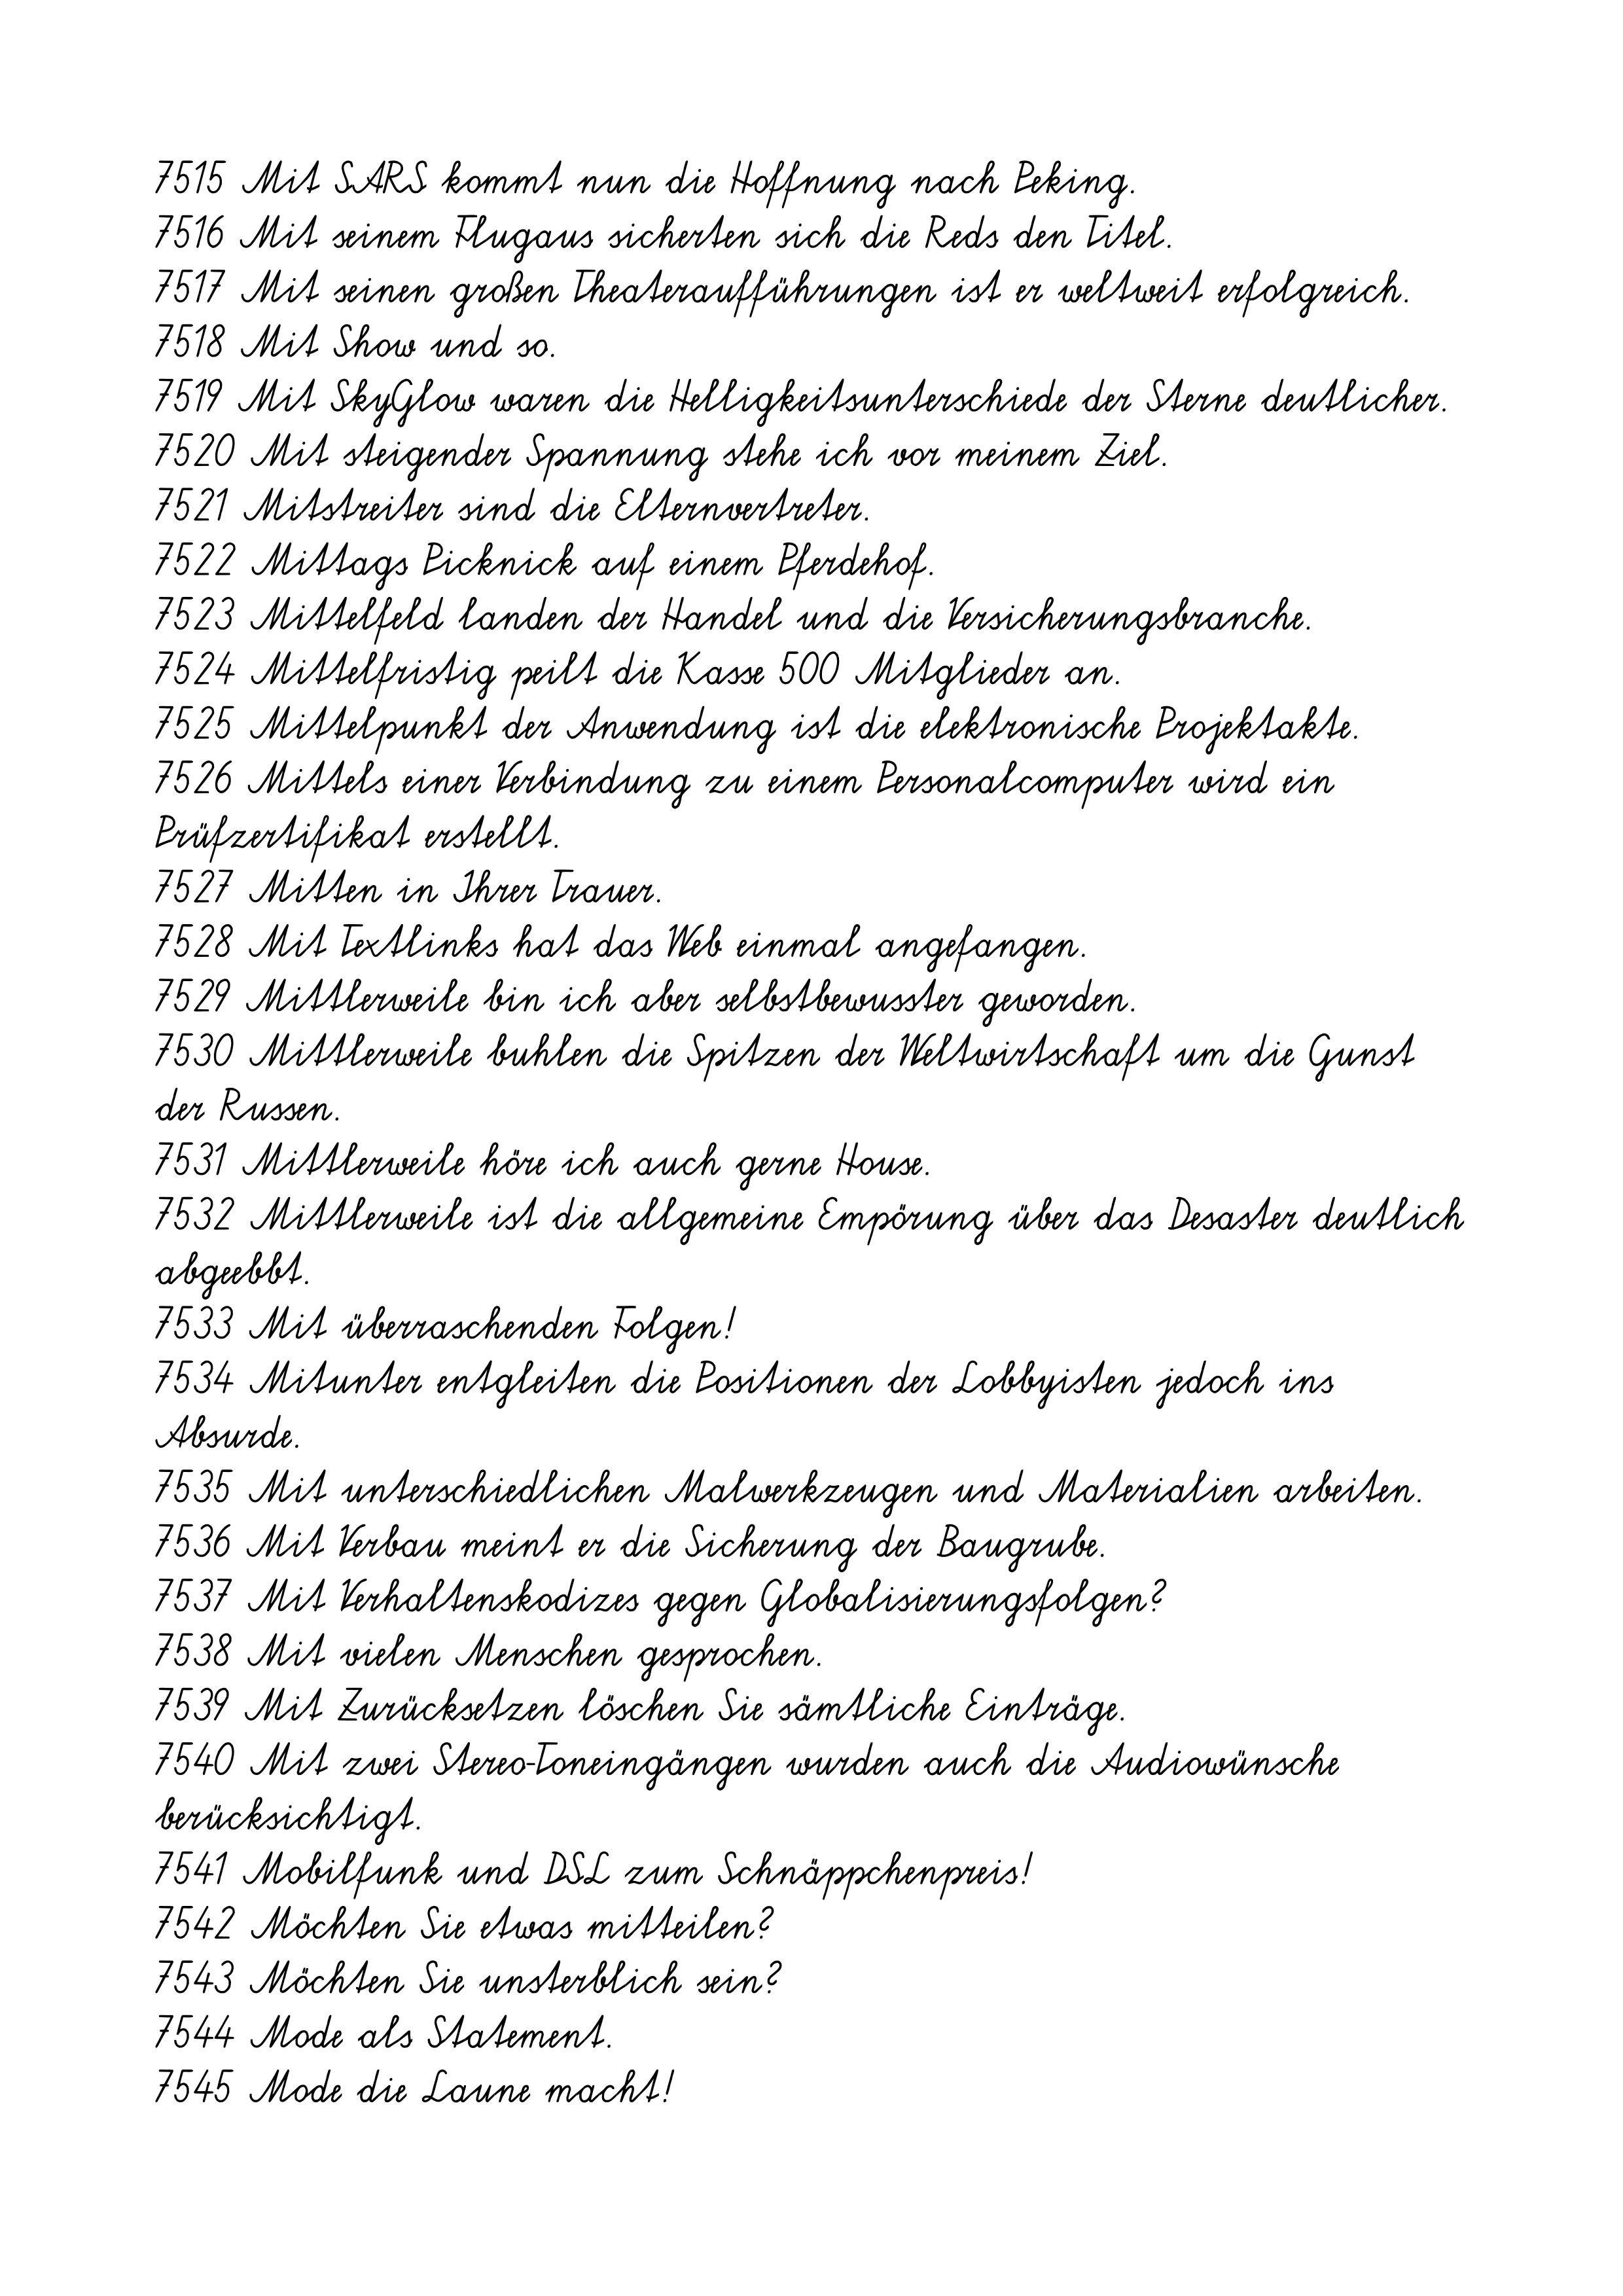
7515 Mit SARS kommt nun die Hoffnung nach Peking.
7516 Mit seinem Flugaus sicherten sich die Reds den Titel.
7517 Mit seinen großen Theateraufführungen ist er weltweit erfolgreich.
7518 Mit Show und so.
7519 Mit SkyGlow waren die Helligkeitsunterschiede der Sterne deutlicher.
7520 Mit steigender Spannung stehe ich vor meinem Ziel.
7521 Mitstreiter sind die Elternvertreter.
7522 Mittags Picknick auf einem Pferdehof.
7523 Mittelfeld landen der Handel und die Versicherungsbranche.
7524 Mittelfristig peilt die Kasse 500 Mitglieder an.
7525 Mittelpunkt der Anwendung ist die elektronische Projektakte.
7526 Mittels einer Verbindung zu einem Personalcomputer wird ein
Prüfzertifikat erstellt.
7527 Mitten in Ihrer Trauer.
7528 Mit Textlinks hat das Web einmal angefangen.
7529 Mittlerweile bin ich aber selbstbewusster geworden.
7530 Mittlerweile buhlen die Spitzen der Weltwirtschaft um die Gunst
der Russen.
7531 Mittlerweile höre ich auch gerne House.
7532 Mittlerweile ist die allgemeine Empörung über das Desaster deutlich
abgeebbt.
7533 Mit überraschenden Folgen!
7534 Mitunter entgleiten die Positionen der Lobbyisten jedoch ins
Absurde.
7535 Mit unterschiedlichen Malwerkzeugen und Materialien arbeiten.
7536 Mit Verbau meint er die Sicherung der Baugrube.
7537 Mit Verhaltenskodizes gegen Globalisierungsfolgen?
7538 Mit vielen Menschen gesprochen.
7539 Mit Zurücksetzen löschen Sie sämtliche Einträge.
7540 Mit zwei Stereo-Toneingängen wurden auch die Audiowünsche
berücksichtigt.
7541 Mobilfunk und DSL zum Schnäppchenpreis!
7542 Möchten Sie etwas mitteilen?
7543 Möchten Sie unsterblich sein?
7544 Mode als Statement.
7545 Mode die Laune macht!